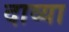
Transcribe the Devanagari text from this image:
दाव्या